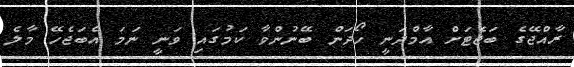
ރާއްޖޭގެ ބަޖެޓަށް އާމްދަނީ ހޯދަން ބޭނުންވާ ކަމުގައި ވަނީ ނަމަ އެބަޖެހޭ މާލެ